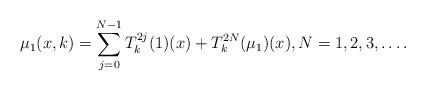
LaTeX: \begin{align*} \mu _1 (x,k) = \sum _{ j = 0 } ^ { N-1} T_k ^ { 2j } ( 1) ( x) + T _ k ^ { 2N } ( \mu _1 ) (x), N = 1, 2, 3, \dots .\end{align*}